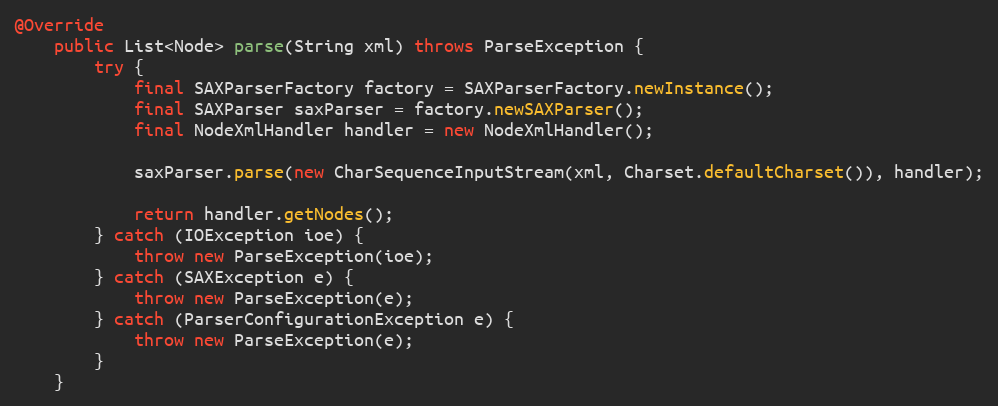
Language: Java
@Override
    public List<Node> parse(String xml) throws ParseException {
        try {
            final SAXParserFactory factory = SAXParserFactory.newInstance();
            final SAXParser saxParser = factory.newSAXParser();
            final NodeXmlHandler handler = new NodeXmlHandler();

            saxParser.parse(new CharSequenceInputStream(xml, Charset.defaultCharset()), handler);

            return handler.getNodes();
        } catch (IOException ioe) {
            throw new ParseException(ioe);
        } catch (SAXException e) {
            throw new ParseException(e);
        } catch (ParserConfigurationException e) {
            throw new ParseException(e);
        }
    }